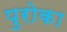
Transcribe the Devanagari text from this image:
पुरोका